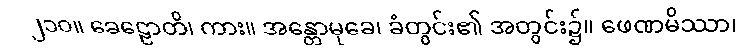
၂၁၀။ ခေဠောတိ၊ ကား။ အန္တောမုခေ၊ ခံတွင်း၏ အတွင်း၌။ ဖေဏမိဿာ၊